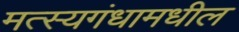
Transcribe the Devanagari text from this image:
मत्स्यगंधामधील